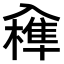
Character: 𠓼